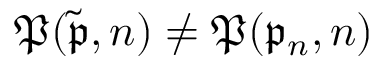
\mathfrak { P } ( \tilde { \mathfrak { p } } , n ) \neq \mathfrak { P } ( \mathfrak { p } _ { n } , n )